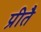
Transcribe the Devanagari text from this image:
प्रीतै